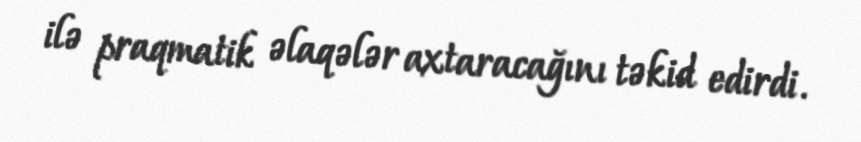
ilə praqmatik əlaqələr axtaracağını təkid edirdi.